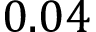
0 . 0 4